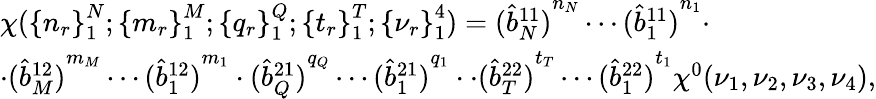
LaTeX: \begin{array}{l}{{\chi({\{ n_{r}\} }_{1}^{N};{\{ m_{r}\} }_{1}^{M};{\{ q_{r}\} }_{1}^{Q};{\{ t_{r}\} }_{1}^{T};{\{ \nu_{r}\} }_{1}^{4})={(\hat{b}_{N}^{11})}^{n_{\scriptscriptstyle N}}\cdots{(\hat{b}_{1}^{11})}^{n_{1}}\cdot}}\\ {{\cdot{(\hat{b}_{M}^{12})}^{m_{\scriptscriptstyle M}}\cdots{(\hat{b}_{1}^{12})}^{m_{1}}\cdot{(\hat{b}_{Q}^{21})}^{q_{\scriptscriptstyle Q}}\cdots{(\hat{b}_{1}^{21})}^{q_{1}}\cdot\cdot{(\hat{b}_{T}^{22})}^{t_{\scriptscriptstyle T}}\cdots{(\hat{b}_{1}^{22})}^{t_{1}}\chi^{0}(\nu_{1},\nu_{2},\nu_{3},\nu_{4}),}}\end{array}